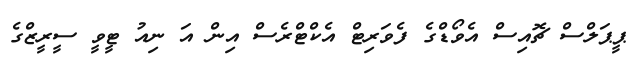
ޕީޕަލްސް ޗޮއިސް އެވޯޑްގެ ފެވަރިޓް އެކްޓްރެސް އިން އަ ނިއު ޓީވީ ސީރީޒްގެ